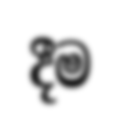
දීම